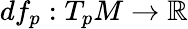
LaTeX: df_{p}:T_{p}M\to\mathbb{R}